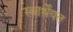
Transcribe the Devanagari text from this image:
स्वार्थेयत